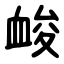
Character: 䘒